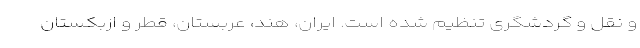
و نقل و گردشگرى تنظیم شده است. ایران، هند، عربستان، قطر و ازبکستان